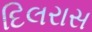
દિલરાસ